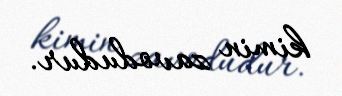
kimin zavodudur.